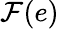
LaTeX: \mathcal{F}(e)